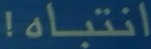
انتباه!